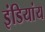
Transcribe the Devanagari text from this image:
इंडियांय